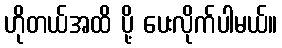
ဟိုတယ်အထိ ပို့ ပေးလိုက်ပါမယ်။